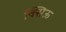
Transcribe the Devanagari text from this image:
क्सिऊ